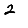
Digit: 2